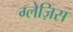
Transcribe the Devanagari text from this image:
ग्लेज़िस